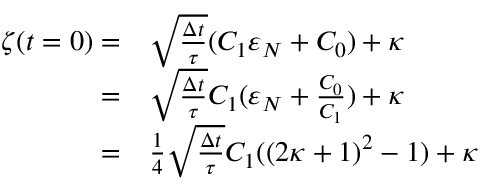
\begin{array} { r l } { \zeta ( t = 0 ) = } & { { } \sqrt { \frac { \Delta t } { \tau } } ( C _ { 1 } \varepsilon _ { N } + C _ { 0 } ) + \kappa } \\ { = } & { { } \sqrt { \frac { \Delta t } { \tau } } C _ { 1 } ( \varepsilon _ { N } + \frac { C _ { 0 } } { C _ { 1 } } ) + \kappa } \\ { = } & { { } \frac { 1 } { 4 } \sqrt { \frac { \Delta t } { \tau } } C _ { 1 } ( ( 2 \kappa + 1 ) ^ { 2 } - 1 ) + \kappa } \end{array}